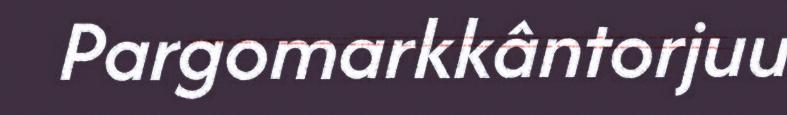
Pargomarkkântorjuu